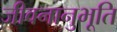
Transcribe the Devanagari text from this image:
जीवनानुभूति